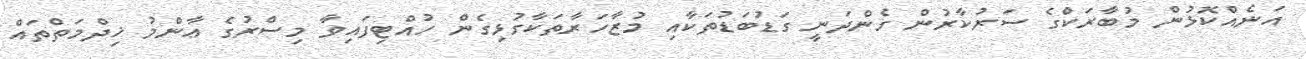
އަނެއްކޮޅުން މުބާރަކްގެ ސަރުކާރުން ގެންދަނީ ގަޑުބަޑުތަކާއި މުޒާހަރާތަކާގުޅިގެން ހުއްޓިފައިވާ މިސްރުގެ ޢާންމު ޚިދްމަތްތައް